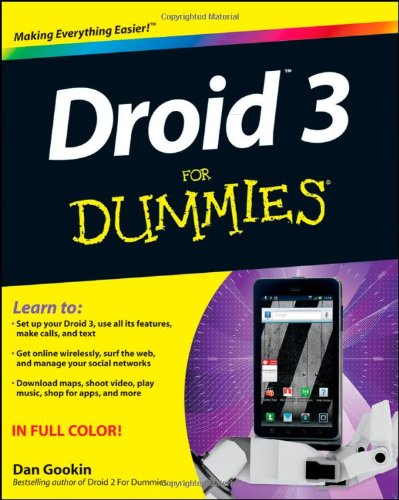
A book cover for Droid 3 For Dummies; Dan Gookin; Computers & Technology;